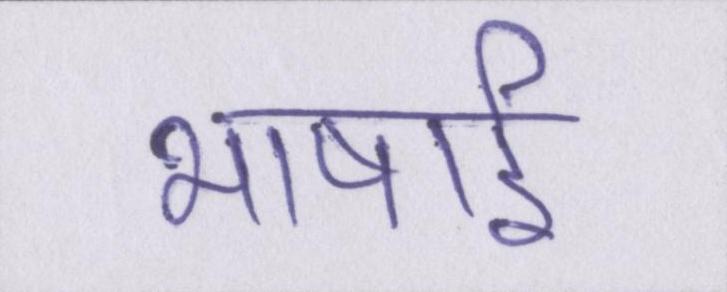
भाषाई